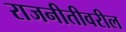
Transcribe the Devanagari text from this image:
राजनीतीवरील